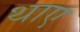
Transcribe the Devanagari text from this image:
थाए